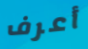
أعرف